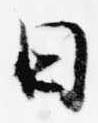
日